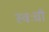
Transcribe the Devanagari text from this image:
स्वःची